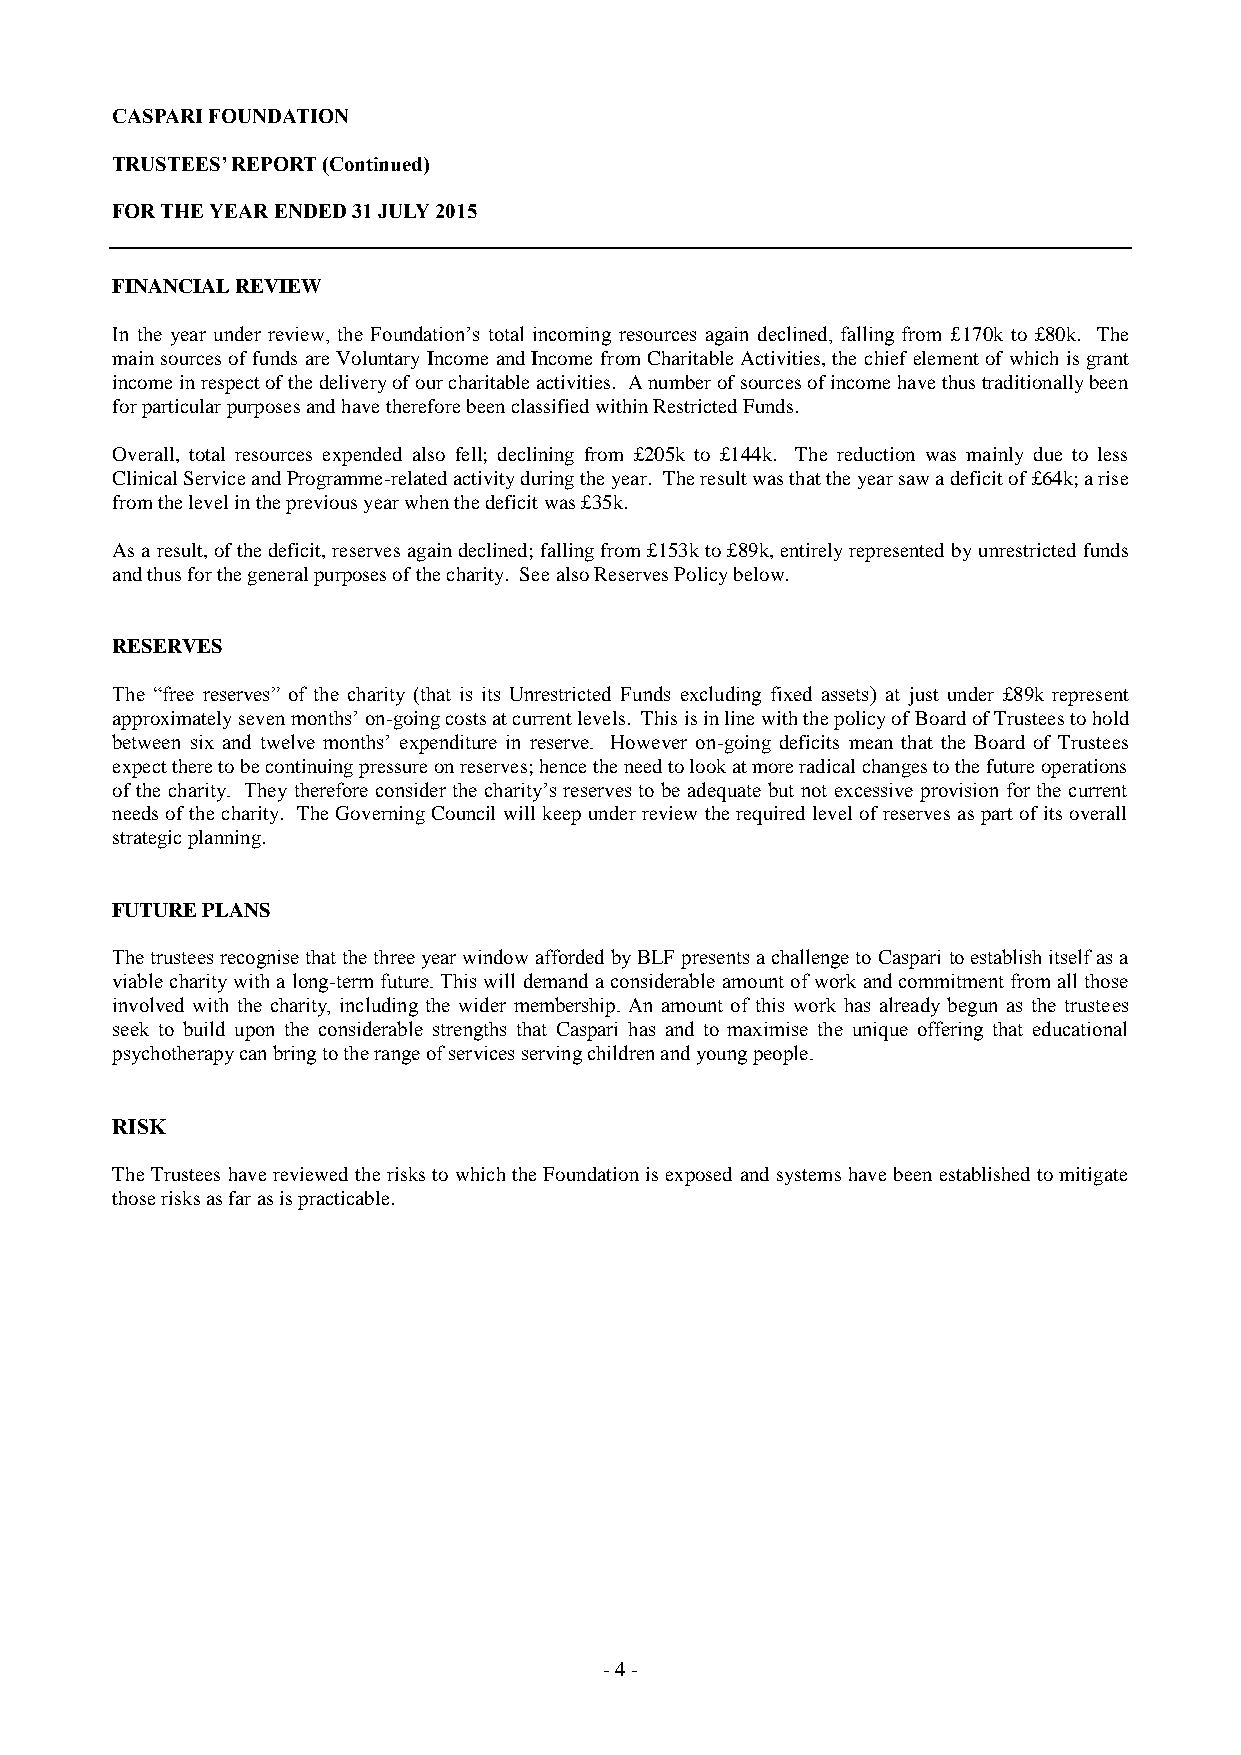
CASPARI FOUNDATION
 TRUSTEES’ REPORT (Continued)
 FOR THE YEAR ENDED 31 JULY 2015
 FINANCIAL REVIEW
 In the year under review, the Foundation’s total incoming resources again declined, falling from £170k to £80k. The
 main sources of funds are Voluntary Income and Income from Charitable Activities, the chief element of which is grant
 income in respect of the delivery of our charitable activities. A number of sources of income have thus traditionally been
 for particular purposes and have therefore been classified within Restricted Funds.
 Overall, total resources expended also fell; declining from £205k to £144k. The reduction was mainly due to less
 Clinical Service and Programme-related activity during the year. The result was that the year saw a deficit of £64k; a rise
 from the level in the previous year when the deficit was £35k.
 As a result, of the deficit, reserves again declined; falling from £153k to £89k, entirely represented by unrestricted funds
 and thus for the general purposes of the charity. See also Reserves Policy below.
 RESERVES
 The “free reserves” of the charity (that is its Unrestricted Funds excluding fixed assets) at just under £89k represent
 approximately seven months’ on-going costs at current levels. This is in line with the policy of Board of Trustees to hold
 between six and twelve months’ expenditure in reserve. However on-going deficits mean that the Board of Trustees
 expect there to be continuing pressure on reserves; hence the need to look at more radical changes to the future operations
 of the charity. They therefore consider the charity’s reserves to be adequate but not excessive provision for the current
 needs of the charity. The Governing Council will keep under review the required level of reserves as part of its overall
 strategic planning.
 FUTURE PLANS
 The trustees recognise that the three year window afforded by BLF presents a challenge to Caspari to establish itself as a
 viable charity with a long-term future. This will demand a considerable amount of work and commitment from all those
 involved with the charity, including the wider membership. An amount of this work has already begun as the trustees
 seek to build upon the considerable strengths that Caspari has and to maximise the unique offering that educational
 psychotherapy can bring to the range of services serving children and young people.
 RISK
 The Trustees have reviewed the risks to which the Foundation is exposed and systems have been established to mitigate
 those risks as far as is practicable.
 - 4 -